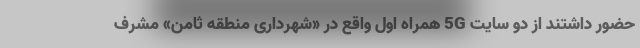
حضور داشتند از دو سایت 5G همراه اول واقع در «شهرداری منطقه ثامن» مُشرف